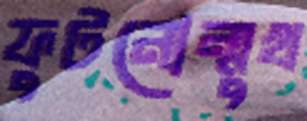
ফুটনোন্মুখ